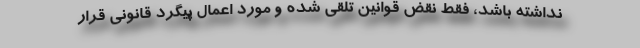
نداشته باشد، فقط نقض قوانین تلقی شده و مورد اعمال پیگرد قانونی قرار